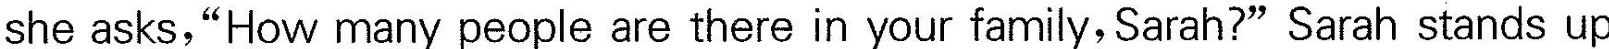
she asks,"How many people are there in your family, Sarah?"Sarah stands up